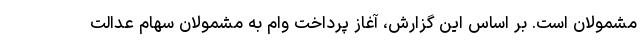
مشمولان است. بر اساس این گزارش، آغاز پرداخت وام به مشمولان سهام عدالت